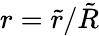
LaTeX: r=\tilde{r}/\tilde{R}